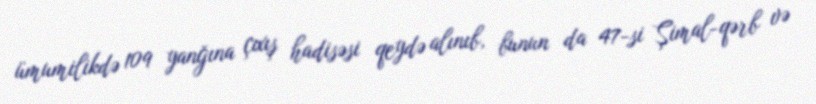
ümumilikdə 109 yanğına çıxış hadisəsi qeydə alınıb, bunun da 47-si Şimal-qərb və